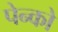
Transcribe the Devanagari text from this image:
पेन्को